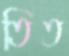
তিত